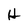
Character: H